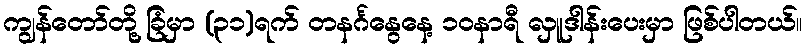
ကျွန်တော်တို့ ခြံမှာ (၃၁)ရက် တနင်္ဂနွေနေ့ ၁၀နာရီ လှူဒါန်းပေးမှာ ဖြစ်ပါတယ်။